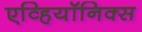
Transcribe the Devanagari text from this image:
एव्हियॉनिक्स